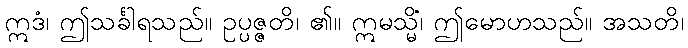
ဣဒံ၊ ဤသင်္ခါရသည်။ ဥပ္ပဇ္ဇတိ၊ ၏။ ဣမသ္မိံ၊ ဤမောဟသည်။ အသတိ၊